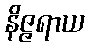
နိဇ္ဇရာယ